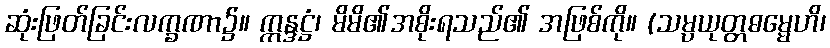
ဆုံးဖြတ်ခြင်းလက္ခဏာ၌။ ဣန္ဒဋ္ဌံ၊ မိမိ၏အစိုးရသည်၏ အဖြစ်ကို။ (သမ္ပယုတ္တဓမ္မေဟိ၊